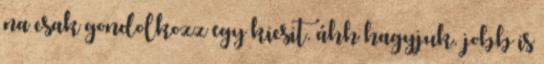
na csak gondolkozz egy kicsit. áhh hagyjuk. jobb is